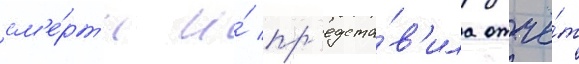
см'е́рт'и и́ пр'едста́в'ила отчё́т